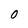
Character: 0